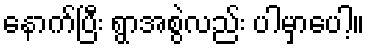
နောက်ပြီး ရွာအစွဲလည်း ပါမှာပေါ့။